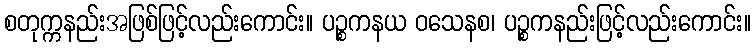
စတုက္ကနည်းအဖြစ်ဖြင့်လည်းကောင်း။ ပဉ္စကနယ ဝသေနစ၊ ပဉ္စကနည်းဖြင့်လည်းကောင်း။